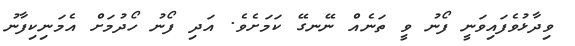
ވިދާޅުވެފައިވަނީ ފޯނު ވީ ތަނެއް ނޭނގޭ ކަމަށެވެ. އަދި ފޯނު ހޯދުމަށް އެމަނިކިފާނު